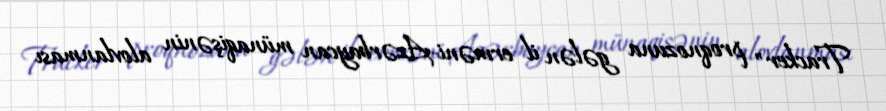
Tracker" proqnozuna gələn il erməni-Azərbaycan münaqişənin alovlanması